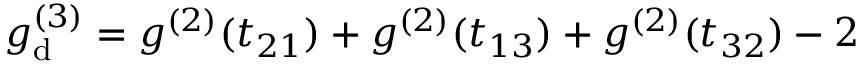
g _ { \mathrm { d } } ^ { ( 3 ) } = g ^ { ( 2 ) } ( t _ { 2 1 } ) + g ^ { ( 2 ) } ( t _ { 1 3 } ) + g ^ { ( 2 ) } ( t _ { 3 2 } ) - 2